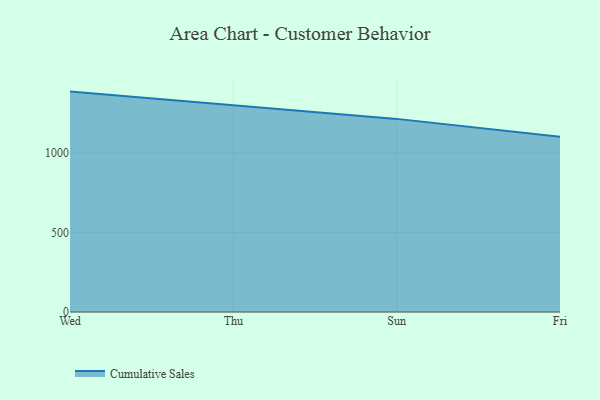
{"axis": {"x": "Day", "y": "Latency (ms)"}, "legend": ["Cumulative Sales"], "data": [{"x": "Wed", "y": 1385.5, "type": "Cumulative Sales"}, {"x": "Thu", "y": 1301.3, "type": "Cumulative Sales"}, {"x": "Sun", "y": 1214.0, "type": "Cumulative Sales"}, {"x": "Fri", "y": 1102.1, "type": "Cumulative Sales"}]}